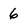
Character: 6